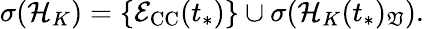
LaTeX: \sigma(\mathcal{H}_{K})=\{ \mathcal{E}_{\mathrm{CC}}(t_{*})\} \cup\sigma(\mathcal{H}_{K}(t_{*})_{\mathfrak{V}}).